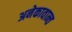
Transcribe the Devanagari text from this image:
अनेकावान्त